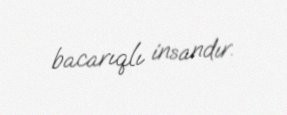
bacarıqlı insandır.